Manual of vaccination for the United Provinces of Agra and Oudh -
Year: 1903
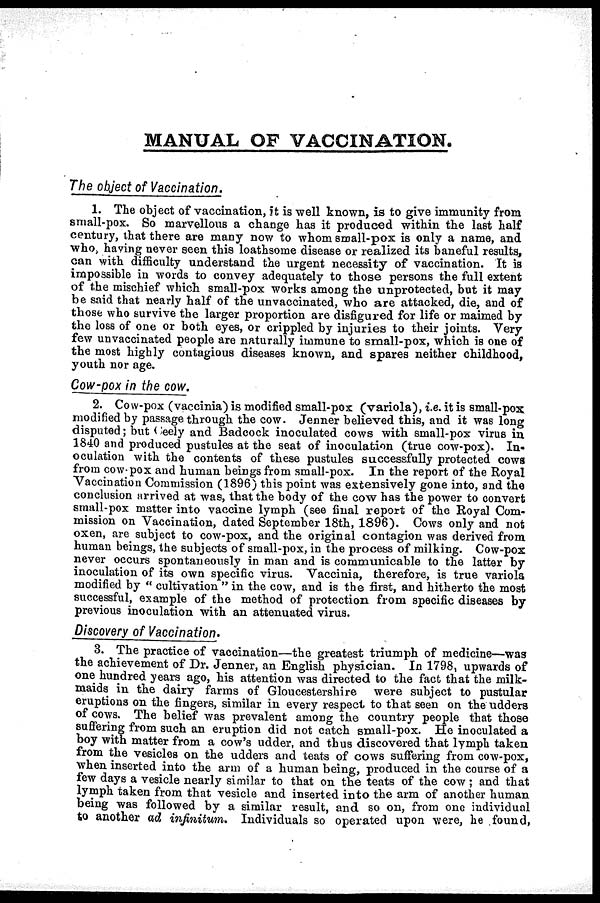
MANUAL OF VACCINATION.
The object of Vaccination.
1. The object of vaccination, it is well known, is to give immunity from
small-pox. So marvellous a change has it produced within the last half
century, that there are many now to whom small-pox is only a name, and
who, having never seen this loathsome disease or realized its baneful results,
can with difficulty understand the urgent necessity of vaccination. It is
impossible in words to convey adequately to those persons the full extent
of the mischief which small-pox works among the unprotected, but it may
be said that nearly half of the unvaccinated, who are attacked, die, and of
those who survive the larger proportion are disfigured for life or maimed by
the loss of one or both eyes, or crippled by injuries to their joints. Very
few unvaccinated people are naturally immune to small-pox, which is one of
the most highly contagious diseases known, and spares neither childhood,
youth nor age.
Cow-pox in the cow.
2. Cow-pox (vaccinia) is modified small-pox (variola), i.e. it is small-pox
modified by passage through the cow. Jenner believed this, and it was long
disputed; but Ceely and Badcock inoculated cows with small-pox virus in
1840 and produced pustules at the seat of inoculation (true cow-pox). In-
oculation with the contents of these pustules successfully protected cows
from cow-pox and human beings from small-pox. In the report of the Royal
Vaccination Commission (1896) this point was extensively gone into, and the
conclusion arrived at was, that the body of the cow has the power to convert
small-pox matter into vaccine lymph (see final report of the Royal Com-
mission on Vaccination, dated September 18th, 1896). Cows only and not
oxen, are subject to cow-pox, and the original contagion was derived from
human beings, the subjects of small-pox, in the process of milking. Cow-pox
never occurs spontaneously in man and is communicable to the latter by
inoculation of its own specific virus. Vaccinia, therefore, is true variola
modified by " cultivation " in the cow, and is the first, and hitherto the most
successful, example of the method of protection from specific diseases by
previous inoculation with an attenuated virus.
Discovery of Vaccination.
3. The practice of vaccination—the greatest triumph of medicine—was
the achievement of Dr. Jenner, an English physician. In 1798, upwards of
one hundred years ago, his attention was directed to the fact that the milk-
maids in the dairy farms of Gloucestershire were subject to pustular
eruptions on the fingers, similar in every respect to that seen on the udders
of cows. The belief was prevalent among the country people that those
suffering from such an eruption did not catch small-pox. He inoculated a
boy with matter from a cow's udder, and thus discovered that lymph taken
from the vesicles on the udders and teats of cows suffering from cow-pox,
when inserted into the arm of a human being, produced in the course of a
few days a vesicle nearly similar to that on the teats of the cow; and that
lymph taken from that vesicle and inserted into the arm of another human
being was followed by a similar result, and so on, from one individual
to another ad infinitum. Individuals so operated upon were, he found,